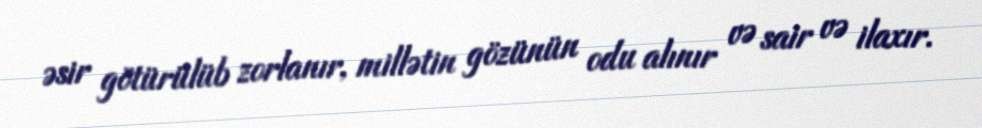
əsir götürülüb zorlanır, millətin gözünün odu alınır və sair və ilaxır.